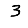
Digit: 3